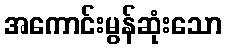
အကောင်းမွန်ဆုံးသော